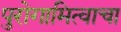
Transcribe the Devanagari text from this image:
पुरोगामित्वाचा